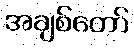
အချစ်တော်